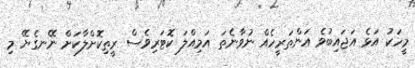
މީހަކު އަޅެ އަޖައިބުވެ އަންތަރީހެއް ނުވާނެތަ އަމިއްލަ ކޮޓަރިވެސް ރީތިކޮށްލާކަށް ނޭނގެޔޭ މި